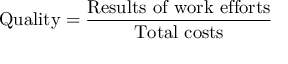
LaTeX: { \mathrm { Q u a l i t y } } = { \frac { \mathrm { R e s u l t s ~ o f ~ w o r k ~ e f f o r t s } } { \mathrm { T o t a l ~ c o s t s } } }